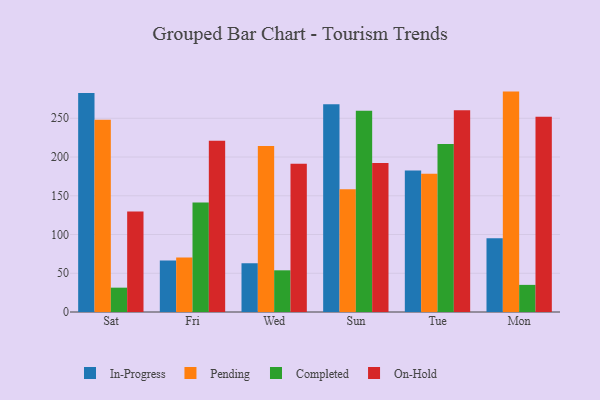
{"axis": {"x": "Day", "y": "Tickets Resolved"}, "legend": ["Completed", "In-Progress", "On-Hold", "Pending"], "data": [{"x": "Sat", "y": 282.6, "type": "In-Progress"}, {"x": "Sat", "y": 248.0, "type": "Pending"}, {"x": "Sat", "y": 31.4, "type": "Completed"}, {"x": "Sat", "y": 129.6, "type": "On-Hold"}, {"x": "Fri", "y": 66.4, "type": "In-Progress"}, {"x": "Fri", "y": 70.3, "type": "Pending"}, {"x": "Fri", "y": 141.2, "type": "Completed"}, {"x": "Fri", "y": 221.1, "type": "On-Hold"}, {"x": "Wed", "y": 62.9, "type": "In-Progress"}, {"x": "Wed", "y": 214.2, "type": "Pending"}, {"x": "Wed", "y": 53.8, "type": "Completed"}, {"x": "Wed", "y": 191.3, "type": "On-Hold"}, {"x": "Sun", "y": 268.0, "type": "In-Progress"}, {"x": "Sun", "y": 158.3, "type": "Pending"}, {"x": "Sun", "y": 259.6, "type": "Completed"}, {"x": "Sun", "y": 192.2, "type": "On-Hold"}, {"x": "Tue", "y": 182.5, "type": "In-Progress"}, {"x": "Tue", "y": 178.5, "type": "Pending"}, {"x": "Tue", "y": 216.8, "type": "Completed"}, {"x": "Tue", "y": 260.4, "type": "On-Hold"}, {"x": "Mon", "y": 95.1, "type": "In-Progress"}, {"x": "Mon", "y": 284.4, "type": "Pending"}, {"x": "Mon", "y": 35.0, "type": "Completed"}, {"x": "Mon", "y": 252.1, "type": "On-Hold"}]}